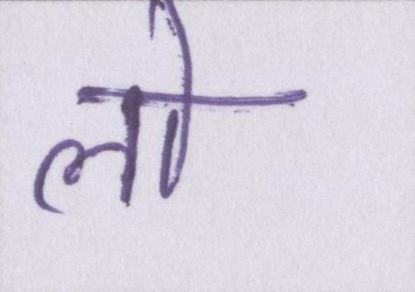
लो